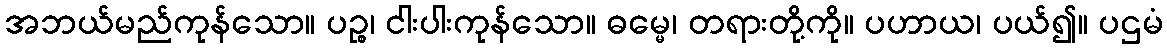
အဘယ်မည်ကုန်သော။ ပဉ္စ၊ ငါးပါးကုန်သော။ ဓမ္မေ၊ တရားတို့ကို။ ပဟာယ၊ ပယ်၍။ ပဌမံ